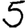
Digit: 5